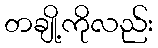
တချို့ကိုလည်း